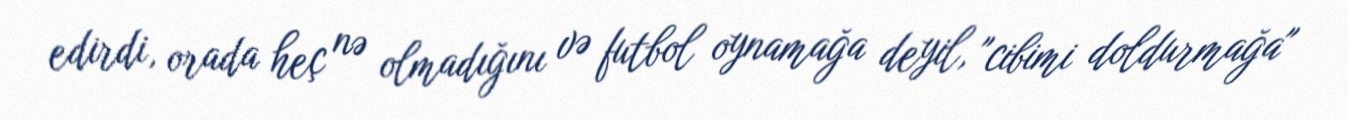
edirdi, orada heç nə olmadığını və futbol oynamağa deyil, "cibimi doldurmağa"